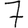
Digit: 7